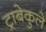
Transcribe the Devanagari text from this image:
ट्राबेकुले